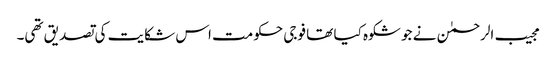
مجیب الرحمٰن نے جو شکوہ کیا تھا فوجی حکومت اس شکایت کی تصدیق تھی۔